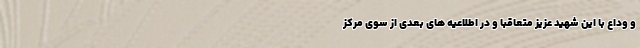
و وداع با این شهید عزیز متعاقباً و در اطلاعیه های بعدی از سوی مرکز